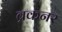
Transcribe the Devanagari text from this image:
ब्रकनर